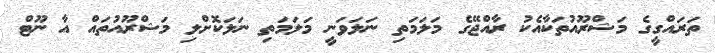
ތަރައްގީގެ މަޝްރޫއުތަކާއެކު ރާއްޖޭގެ މަލަމަތި ނަލަވަނީ މަލަމަތި ނަލަކޮށްލި މަޝްރޫއުތައް އާ ނޫޓް